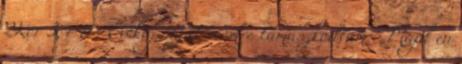
2Kor 3,4-6 . Évekig saját erőmre támaszkodtam: „Majd én